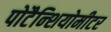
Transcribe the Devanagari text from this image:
पोटैन्शियोमीटर